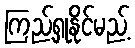
ကြည့်ရှုနိုင်မည့်